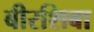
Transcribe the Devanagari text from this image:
बीरशिबा